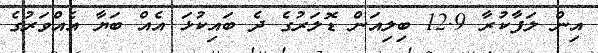
އިން ލަފާކުރާ 12.9 ބިލިއަން ޑޮލަރުގެ ދެ ބައިކުޅަ އެއް ބަޔާ އެއްވަރުގެ